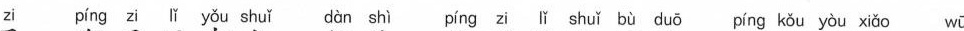
zi píng zi lǐ yǒu shuǐ dàn shì píng zi lǐ shuǐ b ù duō píng k ǒu yòu xiǎo wū